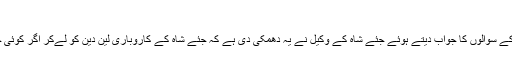
شاہ کے وکیل سے ملی دھمکی
اپنے کلائنٹ جئے شاہ کی طرف سے ‘دی وائر ‘ کے سوالوں کا جواب دیتے ہوئے جئے شاہ کے وکیل نے یہ دھمکی دی ہے کہ جئے شاہ کے کاروباری لین دین کو لےکر اگر کوئی خبر کی گئی، تو اس کا منفی قانونی نتیجہ نکلے‌گا۔